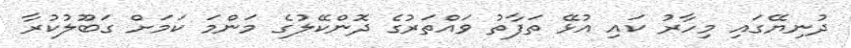
ދުނިޔޭގައި މިހާރު ކައި އުޅޭ ތަފާތު ވައްތަރުގެ ދޮންކޭލުގެ މަންމަ ކަމަށް ގަބޫލުކުރާ